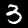
Label: 3